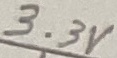
Text: 3.3V